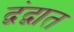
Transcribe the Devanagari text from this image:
द्वंद्वात